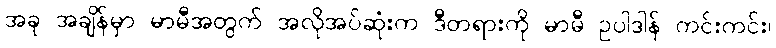
အခု အချိန်မှာ မာမီအတွက် အလိုအပ်ဆုံးက ဒီတရားကို မာမီ ဥပါဒါန် ကင်းကင်း၊